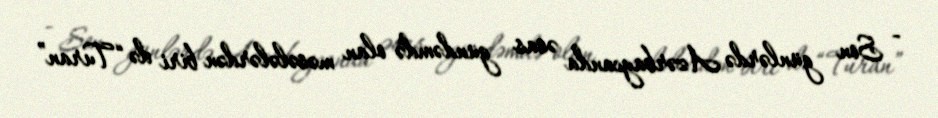
- Son günlərdə Azərbaycanda əsas gündəmdə olan məsələlərdən biri də “Turan”